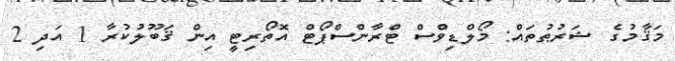
މަޤާމުގެ ޝަރުޠުތައް: މޯލްޑިވްސް ޓްރާންސްޕޯޓް އޮތޯރިޓީ އިން ޤަބޫލުކުރާ 1 އަދި 2